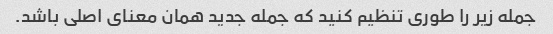
جمله زیر را طوری تنظیم کنید که جمله جدید همان معنای اصلی باشد.